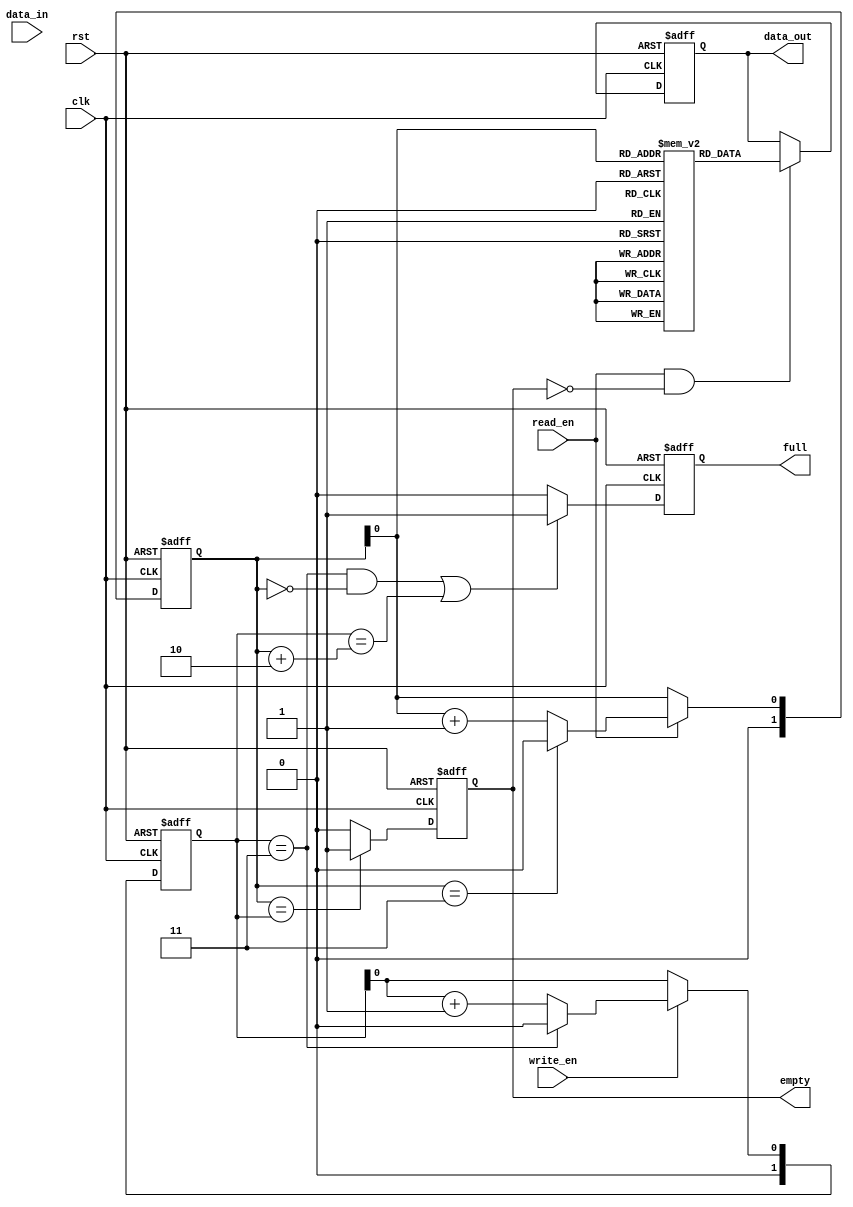
module async_fifo (
    input wire clk,              // Clock input
    input wire rst,              // Reset input
    
    input wire write_en,         // Write enable
    input wire read_en,          // Read enable
    input wire [31:0] data_in,   // Input data
    output reg [31:0] data_out,  // Output data
    
    output reg empty,            // Empty flag
    output reg full              // Full flag
);

reg [31:0] fifo[1:0];           // Two 32-bit wide registers for storing data
reg [1:0] read_ptr, write_ptr;  // Two pointers for read and write positions
reg read_ptr_next, write_ptr_next;  // Next state for read and write pointers

always @(posedge clk or posedge rst) begin
    if (rst) begin
        read_ptr <= 2'b00;
        write_ptr <= 2'b00;
        empty <= 1'b1;
        full <= 1'b0;
    end else begin
        read_ptr <= read_ptr_next;
        write_ptr <= write_ptr_next;
        empty <= (read_ptr == write_ptr) ? 1'b1 : 1'b0;
        full <= ((write_ptr == 2'b11 && read_ptr == 2'b00) || (write_ptr == read_ptr + 2)) ? 1'b1 : 1'b0;
    end
end

always @(posedge clk or posedge rst) begin
    if (rst) begin
        data_out <= 32'b0;
    end else begin
        if (read_en && !empty) begin
            data_out <= fifo[read_ptr];
        end
    end
end

always @* begin
    read_ptr_next = read_en ? ((read_ptr == 2'b11) ? 2'b00 : read_ptr + 1) : read_ptr;
    write_ptr_next = write_en ? ((write_ptr == 2'b11) ? 2'b00 : write_ptr + 1) : write_ptr;
end

endmodule